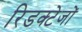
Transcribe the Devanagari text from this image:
रिडक्टेजों